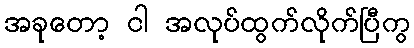
အခုတော့ ငါ အလုပ်ထွက်လိုက်ပြီကွ